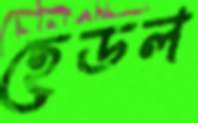
হেডল